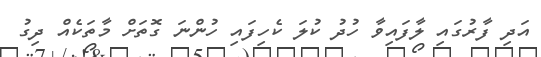
އަދި ފާރުގައި ލާފައިވާ ހުދު ކުލަ ކެހިފައި ހުންނަ ގޮތަށް މާތަކެއް ދިގު